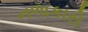
નળાકારો